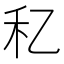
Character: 𥝎